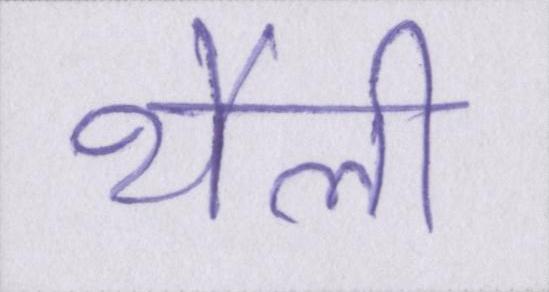
थैली